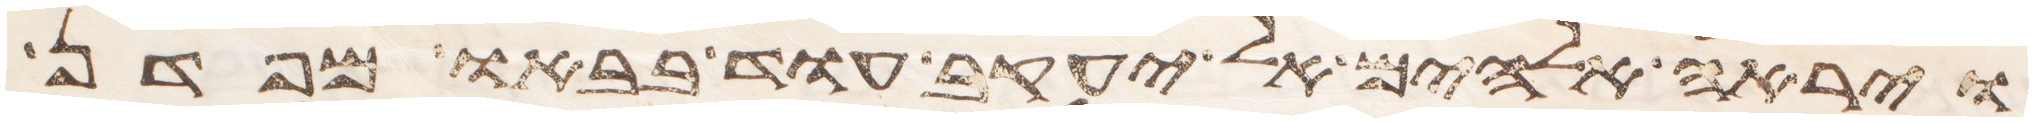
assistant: וירא אלהים אל יעקב עוד בבאו מפדן